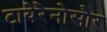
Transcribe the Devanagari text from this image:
टायेरैनोसौर